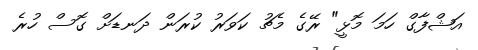
އަޝްފާގް ހަމަ މޮޅީ" ރޭގެ މެޗު ކަވަރު ކުރަން ދަނޑަށް ގޮސް ހުރެ